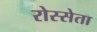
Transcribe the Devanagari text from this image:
रोस्सेता